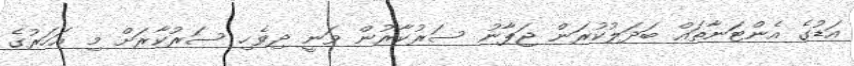
އަޑުގެ އެންޓަނާތައް ބަދަލުކުރަން ޖަޕާނު ސަރުކާރުން ވަނީ ދިވެހި ސަރުކާރަށް މި އަހަރުގެ